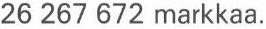
26 267 672 markkaa.